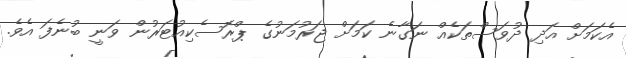
އެކަމަށް އަދި ދުވަސްތަކެއް ނަގާނެ ކަމަށް ޖަރުމަނުގެ ޕްރޮސެކިއުޓަރުން ވަނީ ބުނެފަ އެވެ.